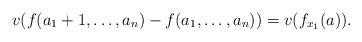
LaTeX: \begin{align*}v(f(a_1+1,\dots, a_n)-f(a_1,\dots, a_n))=v(f_{x_1}(a)) .\end{align*}